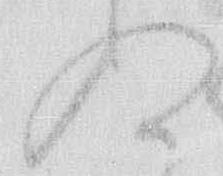
ぬ